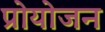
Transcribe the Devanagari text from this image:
प्रोयोजन